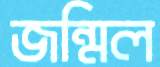
জন্মিল